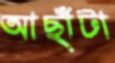
আছাঁটা